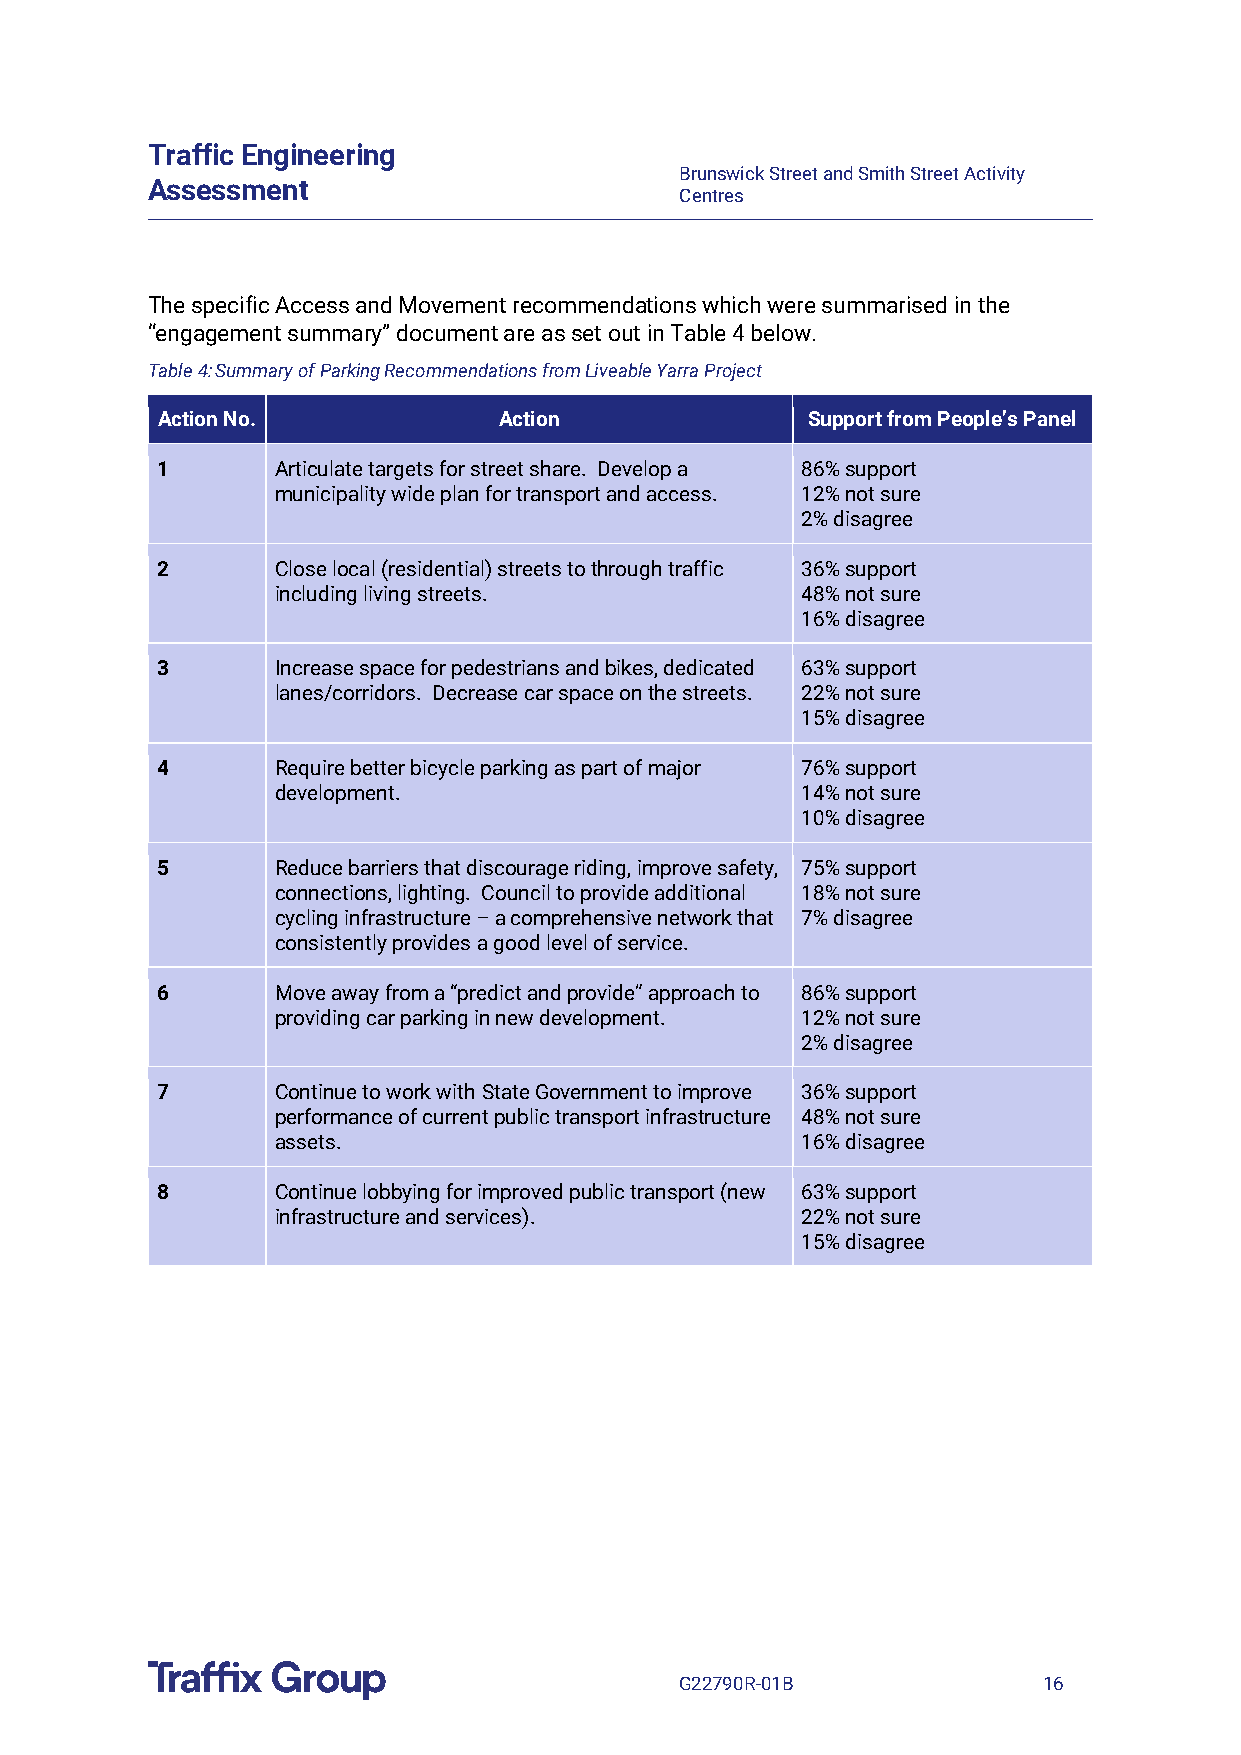
Traffic Engineering
 Brunswick Street and Smith Street Activity
 Assessment
 Centres
 The specific Access and Movement recommendations which were summarised in the
 “engagement summary” document are as set out in Table 4 below.
 Table 4: Summary of Parking Recommendations from Liveable Yarra Project
 Action No.             Action              Support from People’s Panel
 1       Articulate targets for street share. Develop a 86% support
 municipality wide plan for transport and access. 12% not sure
 2% disagree
 2       Close local (residential) streets to through traffic 36% support
 including living streets.          48% not sure
 16% disagree
 3       Increase space for pedestrians and bikes, dedicated 63% support
 lanes/corridors. Decrease car space on the streets. 22% not sure
 15% disagree
 4       Require better bicycle parking as part of major 76% support
 development.                       14% not sure
 10% disagree
 5       Reduce barriers that discourage riding, improve safety, 75% support
 connections, lighting. Council to provide additional 18% not sure
 cycling infrastructure – a comprehensive network that 7% disagree
 consistently provides a good level of service.
 6       Move away from a “predict and provide” approach to 86% support
 providing car parking in new development. 12% not sure
 2% disagree
 7       Continue to work with State Government to improve 36% support
 performance of current public transport infrastructure 48% not sure
 assets.                            16% disagree
 8       Continue lobbying for improved public transport (new 63% support
 infrastructure and services).      22% not sure
 15% disagree
 G22790R-01B             16